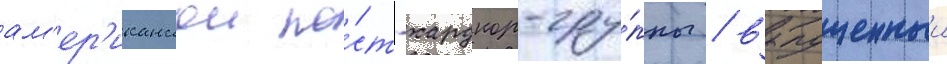
ам'ер'иканскои по́ст-хардкор-гру́ппы / выпущенныи